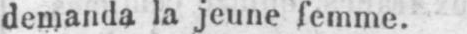
demanda la jeune femme.